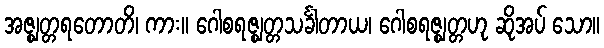
အဇ္ဈတ္တရတောတိ၊ ကား။ ဂေါစရဇ္ဈတ္တသင်္ခါတာယ၊ ဂေါစရဇ္ဈတ္တဟု ဆိုအပ် သော။